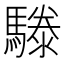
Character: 𩥱